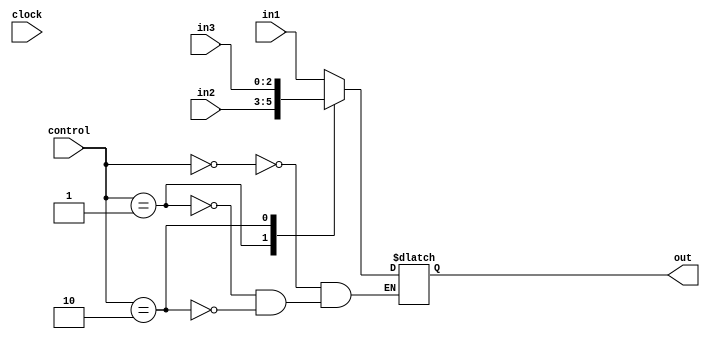
`timescale 1ns / 1ps
//////////////////////////////////////////////////////////////////////////////////
// Company: 
// Engineer: 
// 
// Design Name: 
// Module Name:    Mux3in3b 
// Project Name: 
// Target Devices: 
// Tool versions: 
// Description: 
//
// Dependencies: 
//
// Revision: 
// Revision 0.01 - File Created
// Additional Comments: 
//
//////////////////////////////////////////////////////////////////////////////////
module Mux3in3b(
	input [2:0] in1,
    input [2:0] in2,
	 input [2:0] in3,
    input [1:0] control,
    input clock,
    output reg [2:0] out
    );
always @ (in1 or in2 or in3 or control)

begin
	case(control)
		0:out = in1;
		1:out = in2;
		2:out = in3;
	endcase
end

endmodule